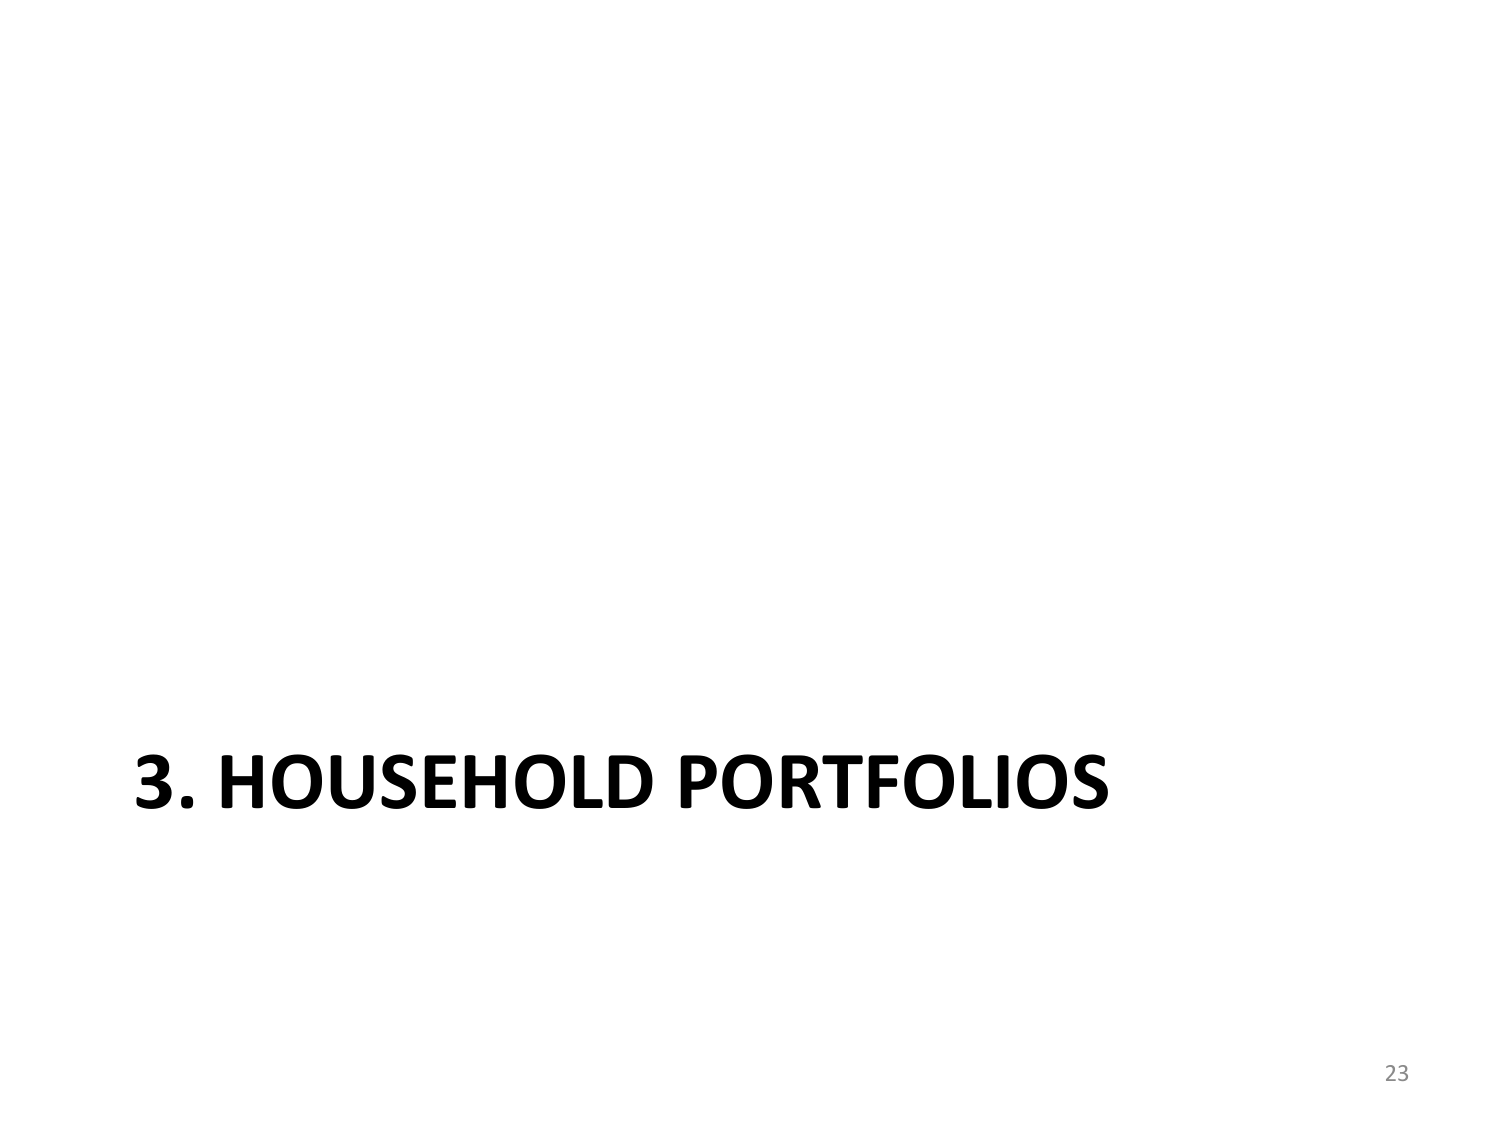
3. HOUSEHOLD PORTFOLIOS
23